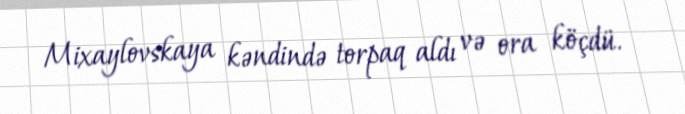
Mixaylovskaya kəndində torpaq aldı və ora köçdü.